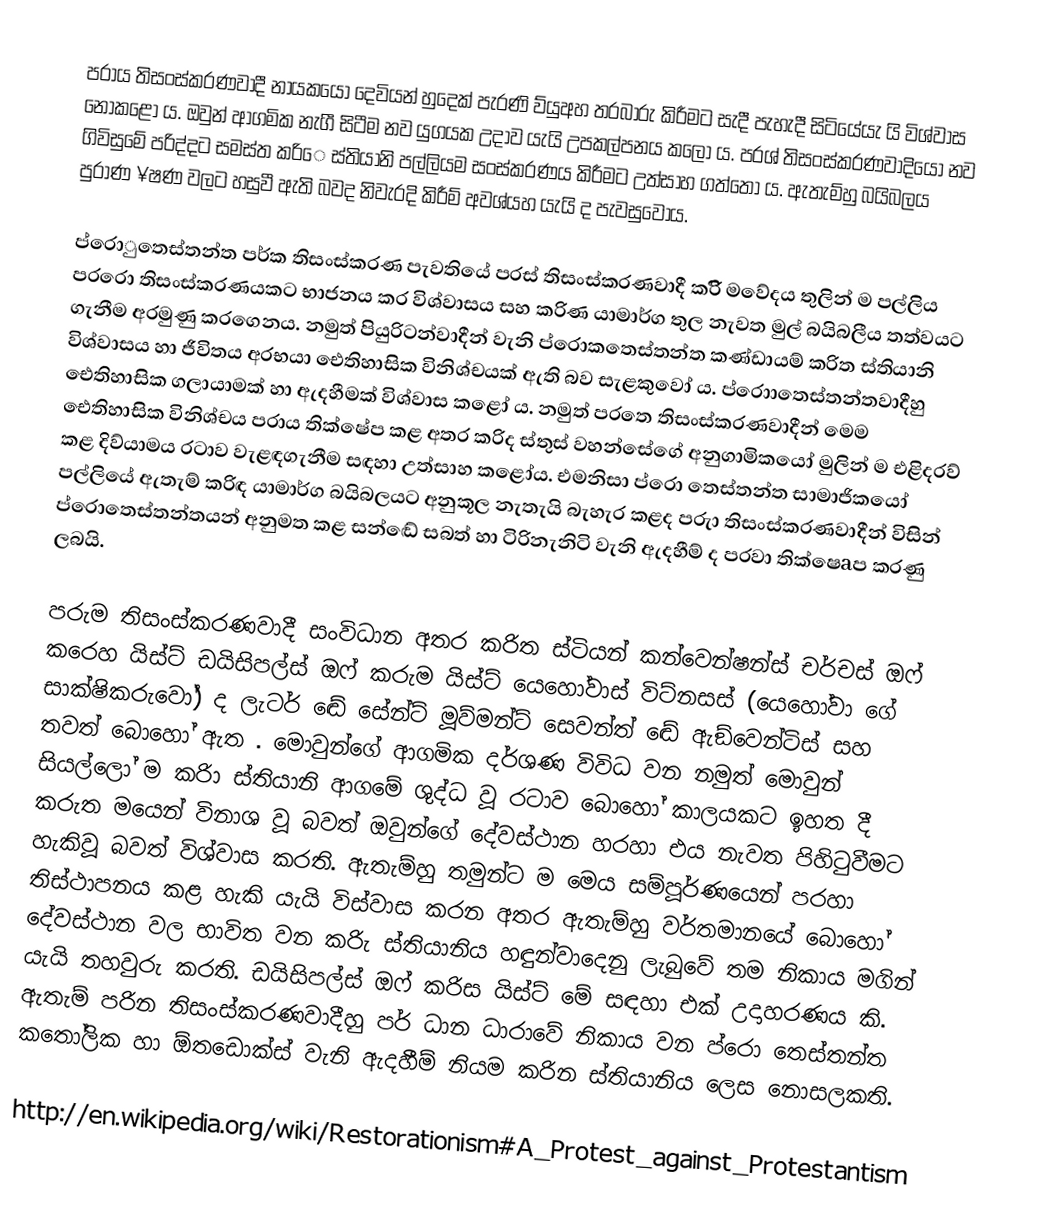
පරාය තිසංස්කරණවාදී නායකයෝ දෙවියන් හුදෙක් පැරණි ව්යුඅහ තරබාරු කිරීමට සැදී පැහැදී සිටියේයැ යි  විශ්වාස නොකළෝ ය. ඔවුන් ආගමික නැගී සිටීම නව යුගයක උදාව යැයි උපකල්පනය කලෝ ය. පරශ් තිසංස්කරණවාදියෝ නව ගිවිසුමේ පරිද්දට සමස්ත කරිෙ  ස්තියානි පල්ලියම සංස්කරණය කිරීමට උත්සාහ ගත්තෝ ය. ඇතැම්හු බයිබලය පුරාණ ¥ෂණ වලට හසුවී ඇති බවද නිවැරදි කිරීම් අවශ්යහ යැයි ද පැවසුවෝය.

ප්රොුතෙස්තන්ත පර්ක තිසංස්කරණ පැවතියේ පරස් තිසංස්කරණවාදී කරිි මවේදය තුලින් ම පල්ලිය පරරො තිසංස්කරණයකට භාජනය කර විශ්වාසය සහ කරිණ  යාමාර්ග තුල නැවත මුල් බයිබලීය තත්වයට ගැනීම අරමුණු කරගෙනය. නමුත් පියුරිටන්වාදීන් වැනි ප්රොකතෙස්තන්ත කණ්ඩායම් කරිත  ස්තියානි විශ්වාසය හා ජීවිතය අරභයා ඓතිහාසික විනිශ්චයක් ඇති බව සැළකුවෝ ය. ප්රොාතෙස්තන්තවාදීහු ඓතිහාසික ගලායාමක් හා ඇදහීමක් විශ්වාස කළෝ ය. නමුත් පරතෙ තිසංස්කරණවාදීන් මෙම ඓතිහාසික විනිශ්චය පරාය තික්ෂේප කළ අතර කරිද  ස්තුස් වහන්සේගේ අනුගාමිකයෝ මුලින් ම එළිදරව් කළ දිව්යාමය රටාව වැළඳගැනීම සඳහා උත්සාහ කළෝය. එමනිසා ප්රො තෙස්තන්ත සාමාජිකයෝ පල්ලියේ ඇතැම් කරිඳ  යාමාර්ග බයිබලයට අනුකූල නැතැයි බැහැර කළද පරුා තිසංස්කරණවාදීන් විසින් ප්රො‍තෙස්තන්තයන් අනුමත කළ සන්ඬේ සබත් හා ටිරිනැනිටි වැනි ඇදහීම් ද පරවා තික්ෂෙaප කරණු ලබයි.

පරුම තිසංස්කරණවාදී සංවිධාන අතර කරිත  ස්ටියන් කන්වෙන්ෂන්ස් චර්චස් ඔෆ් කරෙහ යිස්ට් ඩයිසිපල්ස් ඔෆ් කරුම යිස්ට් යෙහෝවාස් විට්නසස් (යෙහෝවා ගේ සාක්ෂිකරුවෝ) ද ලැටර් ඬේ සේන්ට් මූව්මන්ට් සෙවන්ත් ඬේ ඇඞ්වෙන්ටිස් සහ තවත් බොහෝ ඇත . මොවුන්ගේ ආගමික දර්ශණ විවිධ වන නමුත් මොවුන් සියල්ලෝ ම කරිා  ස්තියානි ආගමේ ශුද්ධ වූ රටාව බොහෝ කාලයකට ඉහත දී කරුත මයෙන් විනාශ වූ බවත් ඔවුන්ගේ දේවස්ථාන හරහා එය නැවත පිහිටුවීමට හැකිවූ බවත් විශ්වාස කරති. ඇතැම්හු තමුන්ට ම මෙය සම්පූර්ණයෙන් පරහා තිස්ථාපනය කළ හැකි යැයි විස්වාස කරන අතර ඇතැම්හු වර්තමානයේ බොහෝ දේවස්ථාන වල භාවිත වන කරිැ  ස්තියානිය හඳුන්වාදෙනු ලැබුවේ තම නිකාය මගින් යැයි තහවුරු කරති. ඩයිසිපල්ස් ඔෆ් කරිස යිස්ට් මේ සඳහා එක් උදාහරණය කි. ඇතැම් පරින තිසංස්කරණවාදීහු පර්  ධාන ධාරාවේ නිකාය වන ප්රො තෙස්තන්ත කතෝලික හා  ඕතඩොක්ස් වැනි ඇදහීම් නියම කරින  ස්තියානිය ලෙස නොසලකති.

http://en.wikipedia.org/wiki/Restorationism#A_Protest_against_Protestantism